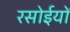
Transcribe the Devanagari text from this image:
रसोईयों